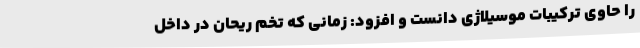
را حاوی ترکیبات موسیلاژی دانست و افزود: زمانی که تخم ریحان در داخل